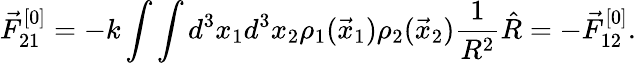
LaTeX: \vec{F}_{21}^{[0]}=-k\int\int d^{3}x_{1}d^{3}x_{2}\rho_{1}(\vec{x}_{1})\rho_{2}(\vec{x}_{2})\frac{1}{R^{2}}\hat{R}=-\vec{F}_{12}^{[0]}.